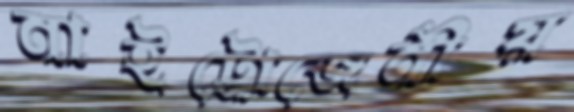
নাইট্রোজেনীয়